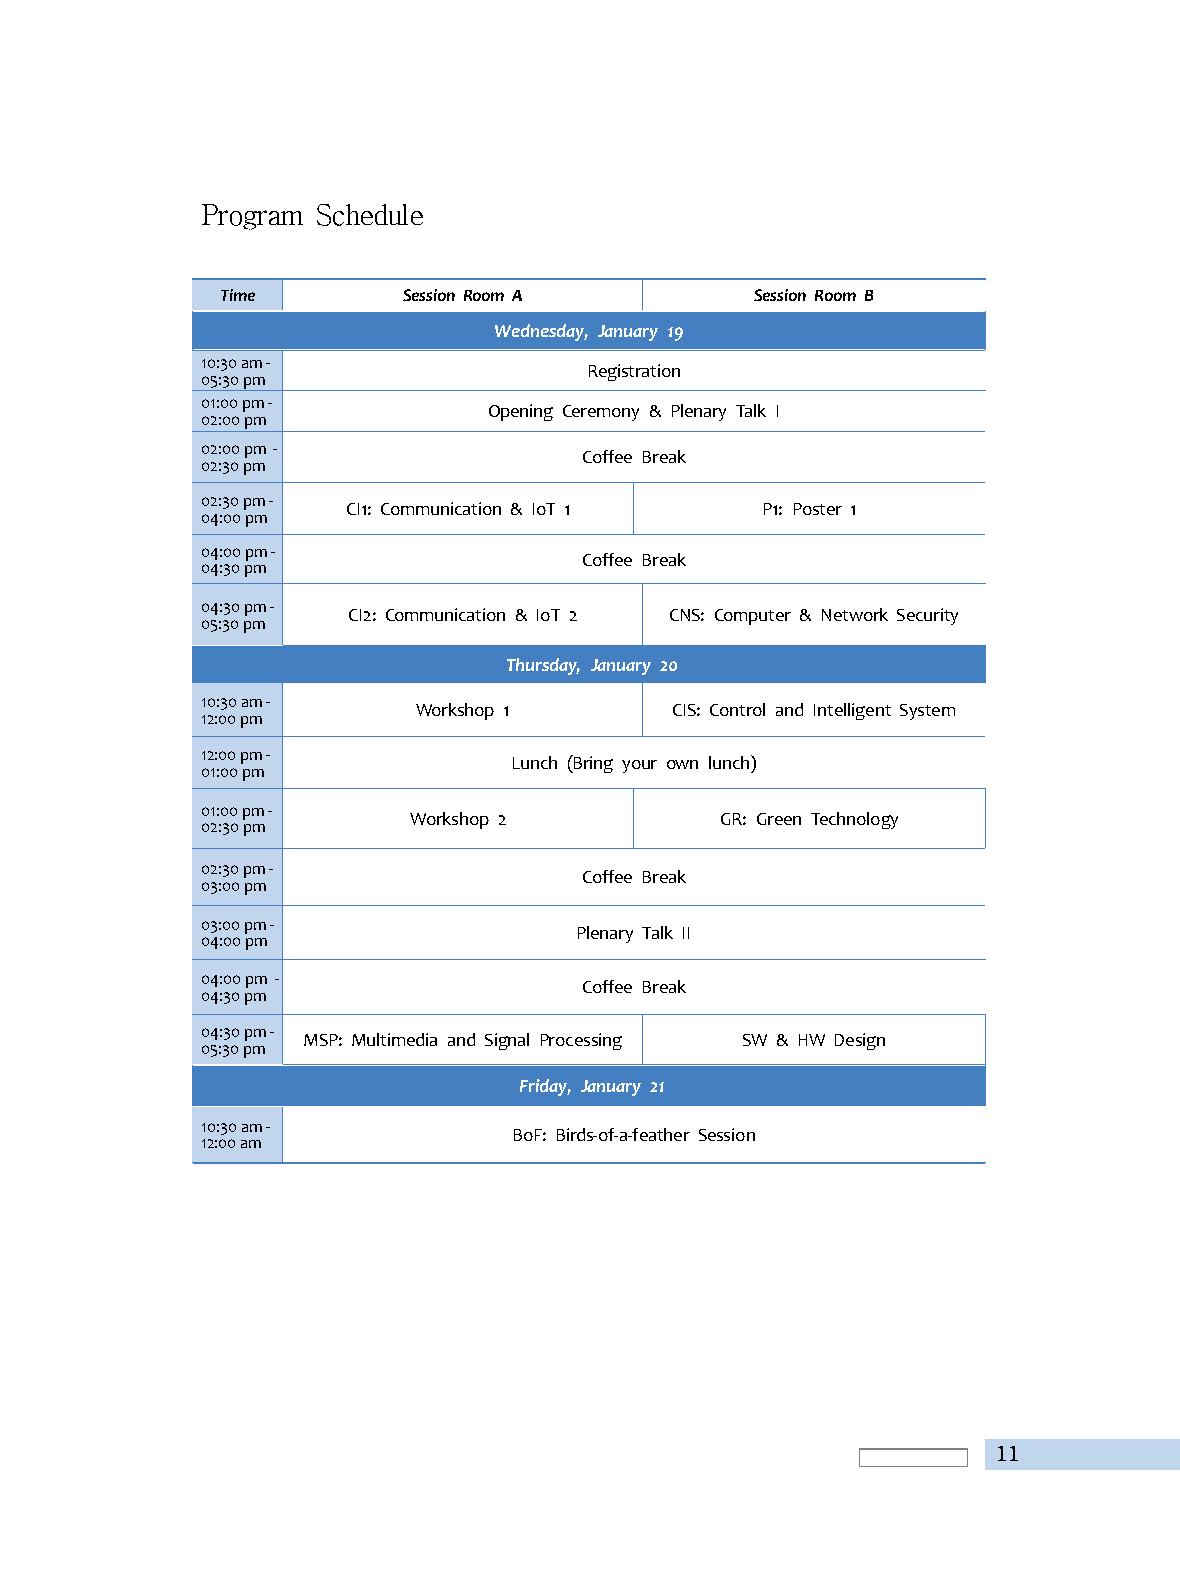
Program Schedule
 Time        Session Room A         Session Room B
 Wednesday, January 19
 10:30am-
 Registration
 05:30pm
 01:00pm-
 Opening Ceremony & Plenary Talk I
 02:00pm
 02:00pm -
 Coffee Break
 02:30pm
 02:30pm-
 CI1: Communication & IoT 1 P1: Poster 1
 04:00pm
 04:00pm-
 Coffee Break
 04:30pm
 04:30pm-
 CI2: Communication & IoT 2 CNS: Computer & Network Security
 05:30pm
 Thursday, January 20
 10:30am-
 Workshop 1       CIS: Control and Intelligent System
 12:00pm
 12:00pm-
 Lunch (Bring your own lunch)
 01:00pm
 01:00pm-
 Workshop 2           GR: Green Technology
 02:30pm
 02:30pm-
 Coffee Break
 03:00pm
 03:00pm-
 Plenary Talk II
 04:00pm
 04:00pm -
 Coffee Break
 04:30pm
 04:30pm-
 MSP: Multimedia and Signal Processing SW & HW Design
 05:30pm
 Friday, January 21
 10:30am-
 BoF: Birds-of-a-feather Session
 12:00am
 11